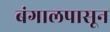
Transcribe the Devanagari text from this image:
बंगालपासून